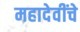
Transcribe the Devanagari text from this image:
महादेवींचे